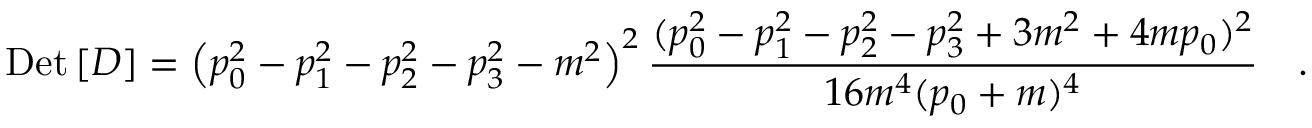
\mathrm { D e t } \left[ { \cal D } \right] = \left( p _ { 0 } ^ { 2 } - p _ { 1 } ^ { 2 } - p _ { 2 } ^ { 2 } - p _ { 3 } ^ { 2 } - m ^ { 2 } \right) ^ { 2 } \frac { ( p _ { 0 } ^ { 2 } - p _ { 1 } ^ { 2 } - p _ { 2 } ^ { 2 } - p _ { 3 } ^ { 2 } + 3 m ^ { 2 } + 4 m p _ { 0 } ) ^ { 2 } } { 1 6 m ^ { 4 } ( p _ { 0 } + m ) ^ { 4 } } \quad .